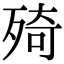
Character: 㱦